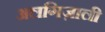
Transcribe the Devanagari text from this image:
अलगिज़ाली